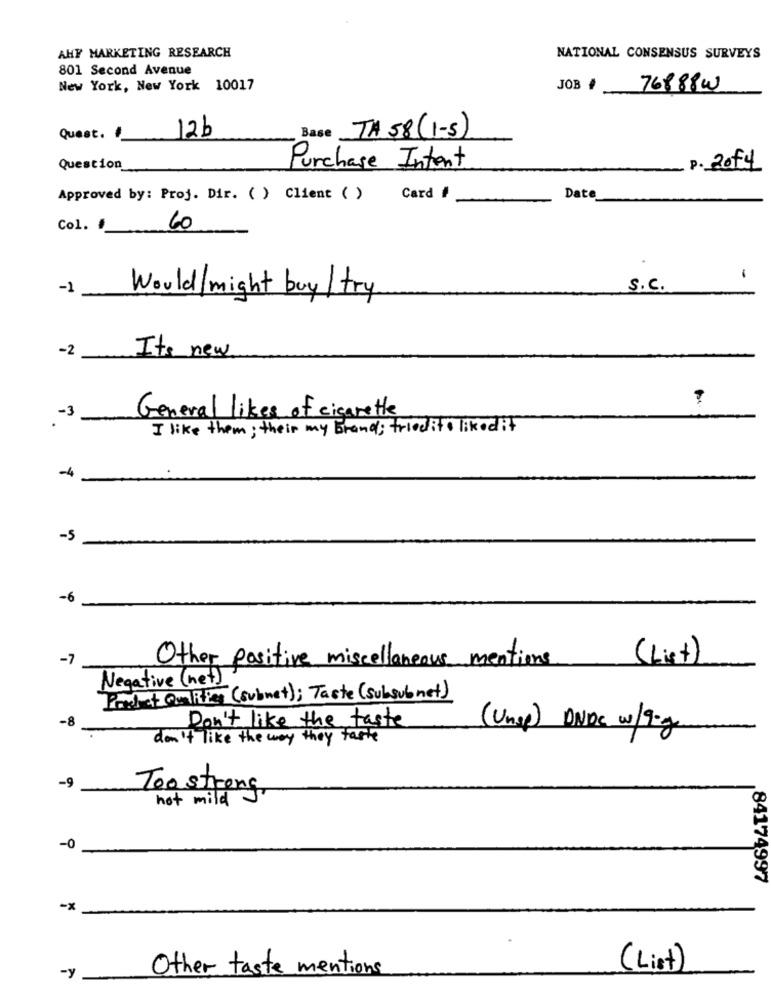
AHY MARKETING RESEARCH
NATIONAL CONSENSUS SURVEYS
801 Second Avenue
New York, New York 10017
JOB
76888W
Base TA 58 (1-5)
Quest. /
12b
Question
Purchase Intent
P. 20f4
Approved by: Proj. Dir. ( ) Client ( )
Card #
Date
Col. #
60
-1
S . C .
Would might buy/ try
-2
Its new
-3
General likes of cigarette
I like them ; their my brand; triedito liked it
-4
-5
-6
-7
Other positive miscellaneous mentions (List)
Negative (net)
Poulet Que Rig (subnet); Taste (subsubnet)
-8
Don't like the taste
(Unsp) DNDC w/9-g
don't like the way they faste
-9
Too strong
hot mild J
-0
84174997
-x
Other taste mentions
( List)
-y_